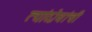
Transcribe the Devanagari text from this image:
त्यांदोघांची